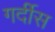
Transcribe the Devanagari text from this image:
गर्दीस